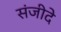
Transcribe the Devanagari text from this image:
संजीदे